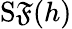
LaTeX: \operatorname{S\mathfrak{F}}(h)